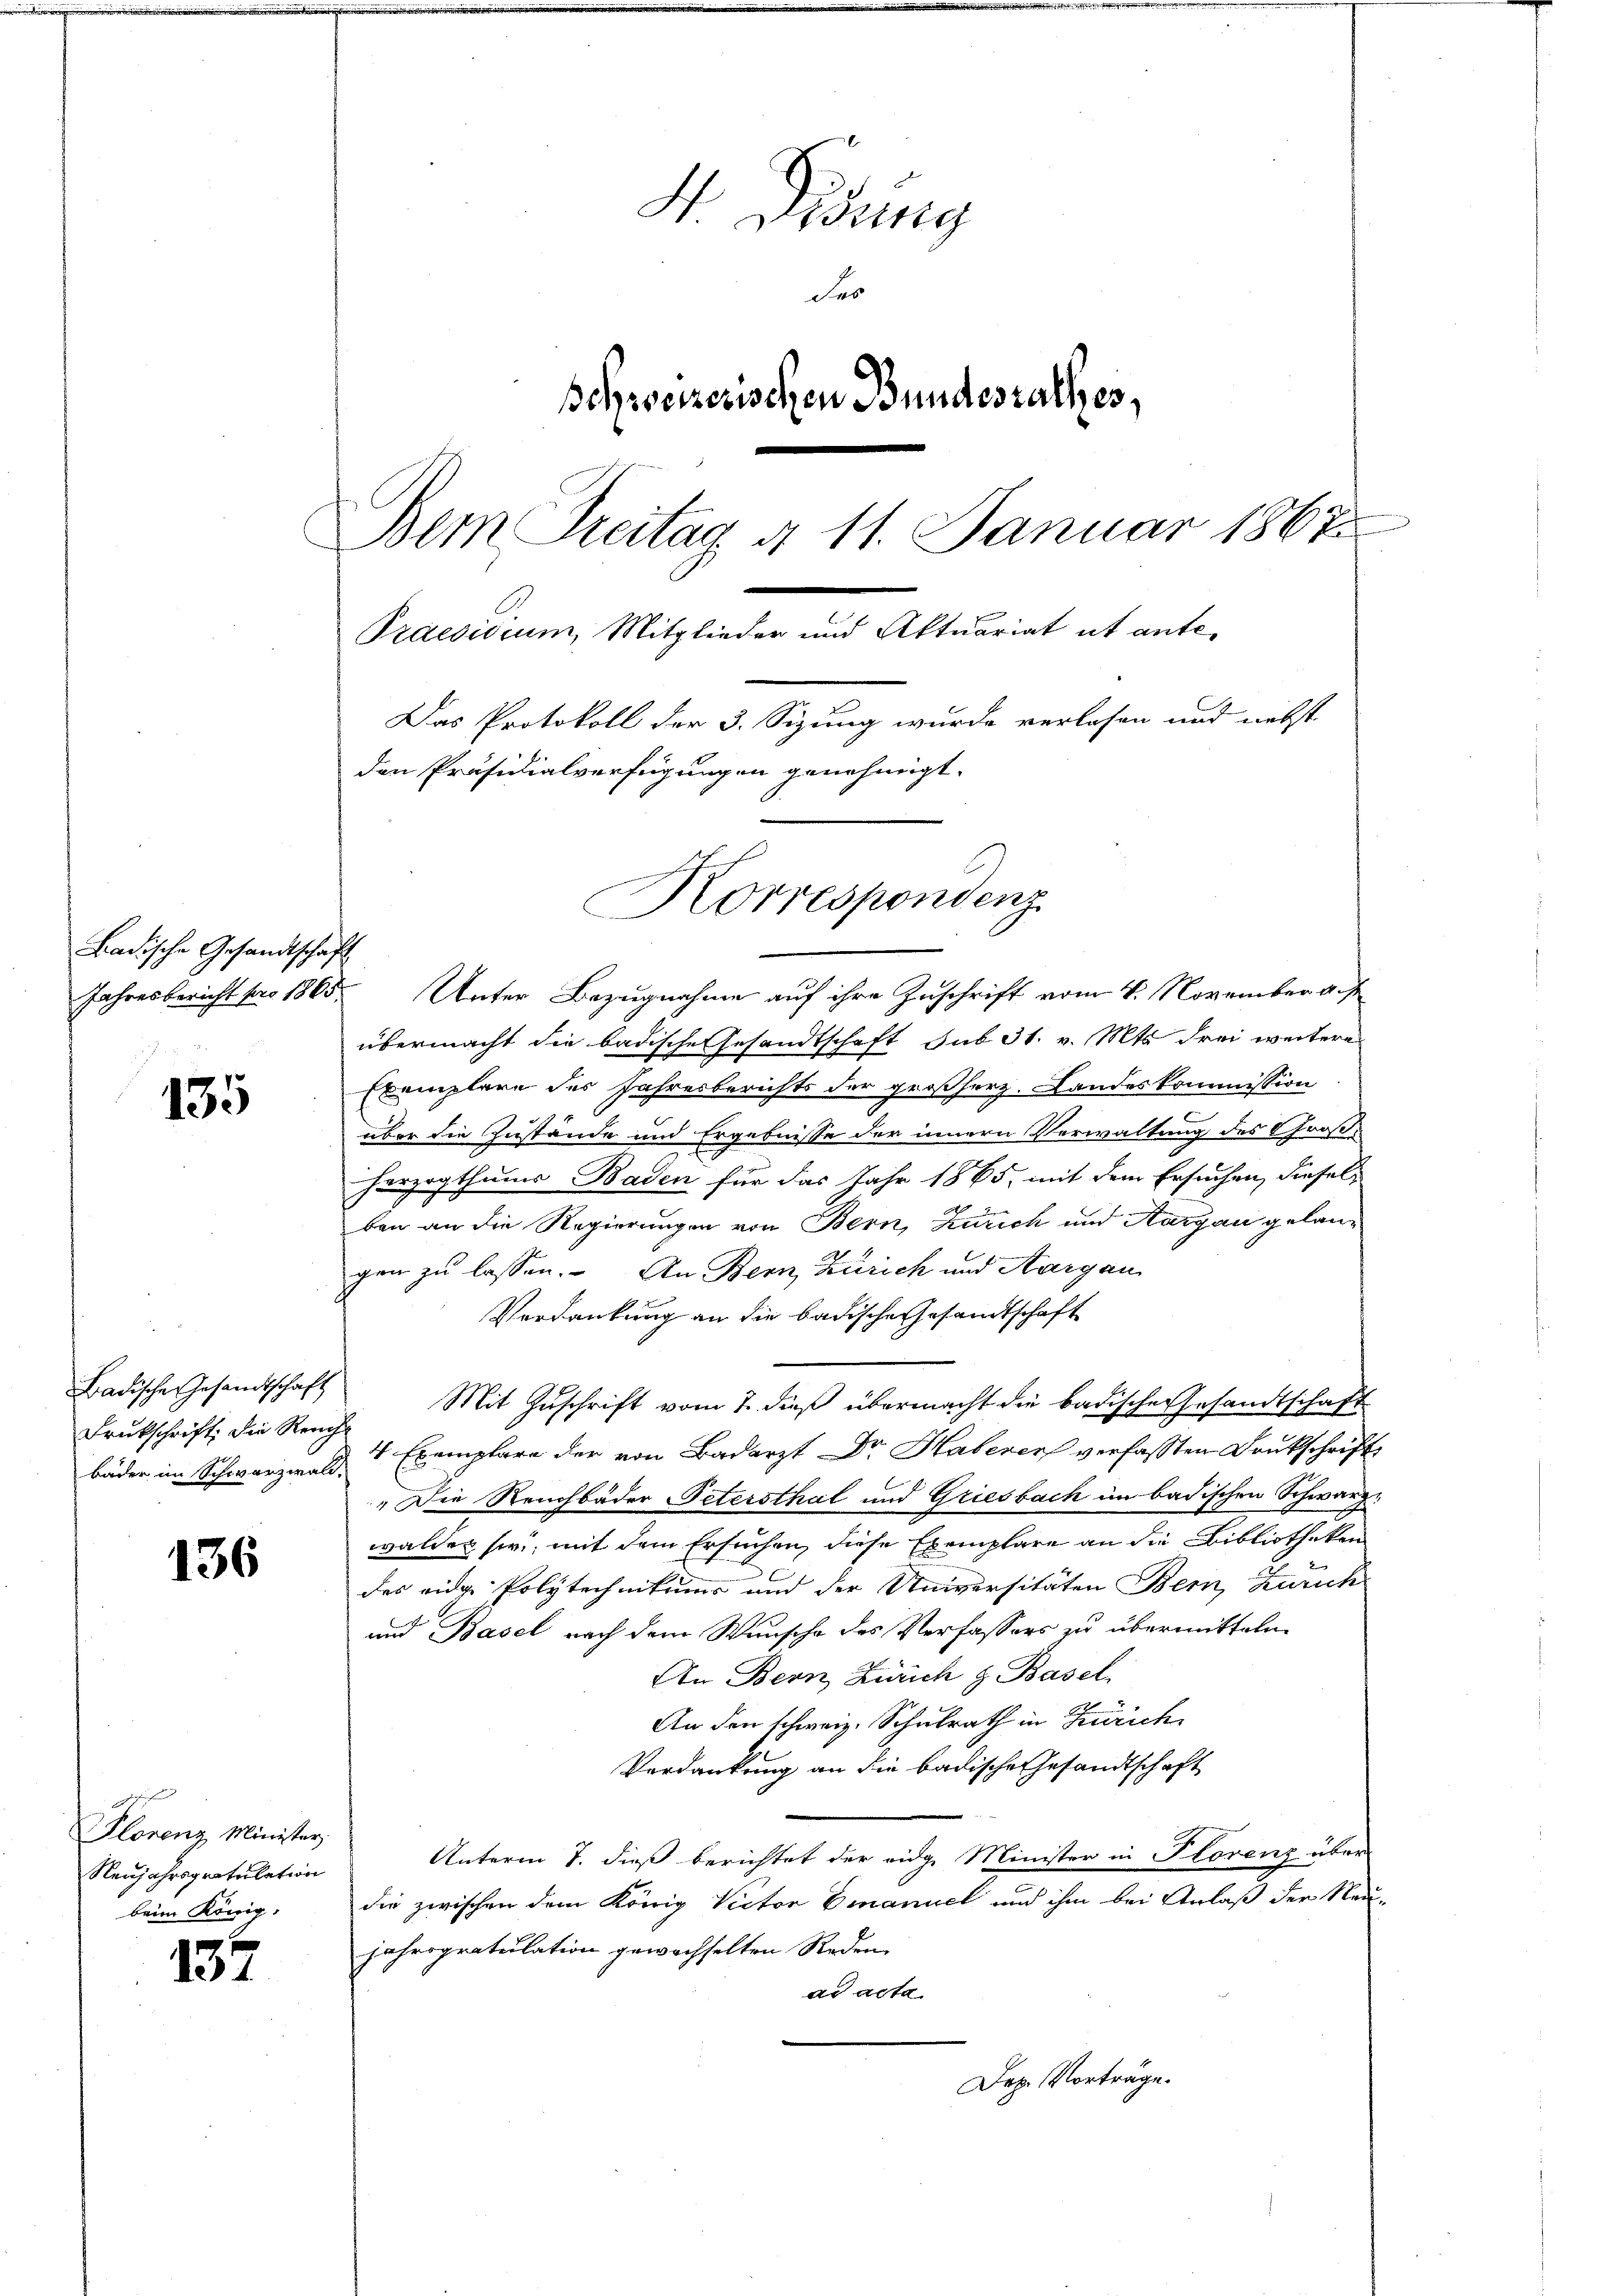
Ladische Gesandtschaft

135

136

Plorenz Minister,
Neujahrsgratulation
beim König.

137

H. Gesung
Fe
Schweizerischen Bundesrathes,
Bem Treitag d. 11. Januar 1867
Praesidium, Mitglieder und Aktuariat et ante¬
Das Protokoll der 3. Sizung wurde verlesen und nebst
den Präsidialverfügungen genehmigt.

Badische Gesandtschaft
Drukschrift die Reuch

Korrespondenz
Jahresbericht pro 1865. Unter Bezugnahme auf ihre Zuschrift vom 4. November aus

übermacht die badische Gesandtschaft sub 31. v. Mts. drei weitere
Exemplare des Jahresberichts der großherz. Landeskommission
über die Zustände und Ergebnisse der innern Verwaltung des Großherzogthums Baden für das Jahr 1865, mit dem Ersuchen, dieseld
ben an die Regierungen von Bern, kurich und Aargau gelangen zu lassen. An Bern, Zürich und Aargau
Verdankung an die badische Gesandtschaft
Mit Zuschrift vom 7. dieß übermacht die badischer Gesandtschaft
bäder im Schwarzwald, 1 Exemplare der von Badarzt Dr. Haberer verfassten Deutschrift
"Die Reuchbäder Petersthal und Griesbach im badischen Schwarzwalden sie, mit dem Ersuchen, diese Exemplare an die Bibliotheken
des eidge Polytechnittung und der Universitäten Bern, Zürich
und Basel nach dem Wunsche des Verfassers zu übermitteln
An Bern Zürich & Basel
An den schweiz. Schulrath in Zürich
Verdankung an die badische Gesandtschaft
Unterm 7. dieß berichtet der eidge Minister in Florenz über
die zwischen dem König Victor Emanuel und ihm bei Anlaß der Neujahrogratulation gewachselten Reden
ad acta
Dez. Vorträge.